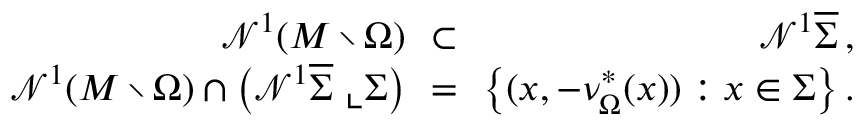
\begin{array} { r l r } { \mathcal { N } ^ { 1 } ( M \setminus \Omega ) \! \! } & { \subset } & { \! \! \mathcal { N } ^ { 1 } \overline { \Sigma } \, , } \\ { \mathcal { N } ^ { 1 } ( M \setminus \Omega ) \cap \big ( \mathcal { N } ^ { 1 } \overline { \Sigma } \, \, \llcorner \Sigma \big ) \! \! } & { = } & { \! \! \big \{ ( x , - \nu _ { \Omega } ^ { * } ( x ) ) : x \in \Sigma \big \} \, . } \end{array}